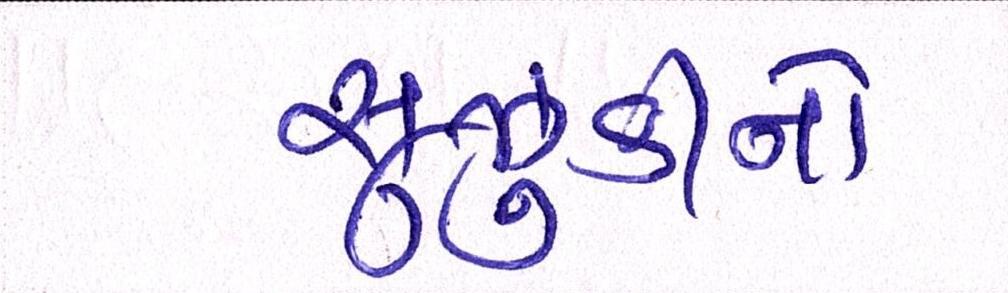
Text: સુઝુકીનો